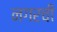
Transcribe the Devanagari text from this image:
नगरची